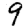
Digit: 9